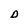
Character: D